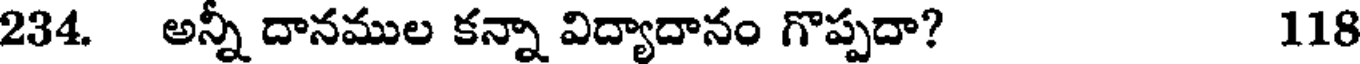
234. అన్ని దానముల కన్నా విద్యాదానం గొప్పదా? 118